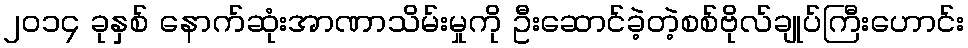
၂၀၁၄ ခုနှစ် နောက်ဆုံးအာဏာသိမ်းမှုကို ဦးဆောင်ခဲ့တဲ့စစ်ဗိုလ်ချုပ်ကြီးဟောင်း